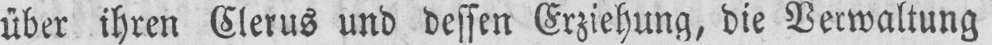
über ihren Clerus und dessen Erziehung, die Verwaltung